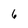
Character: 6